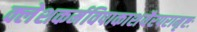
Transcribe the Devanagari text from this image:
क्लेशकर्मविपाकाशयैरपरामृष्टः